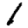
Digit: 1